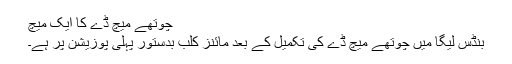
چوتھے میچ ڈے کا ایک میچ
بنڈس لیگا میں چوتھے میچ ڈے کی تکمیل کے بعد مائنز کلب بدستور پہلی پوزیشن پر ہے۔